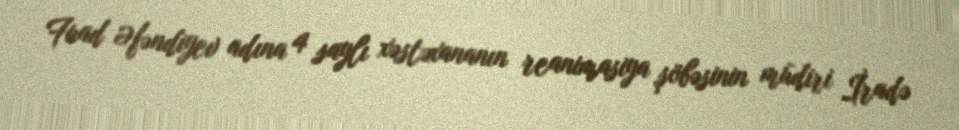
Fuad Əfəndiyev adına 4 saylı xəstəxananın reanimasiya şöbəsinin müdiri İradə